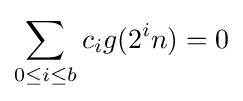
\sum _{0\leq i\leq b}c_{i}g(2^{i}n)=0